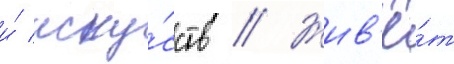
и́ иску́сств // Жив'ё́т